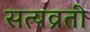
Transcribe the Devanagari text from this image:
सत्यव्रती